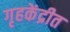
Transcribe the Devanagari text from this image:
गृहकेंद्रीत